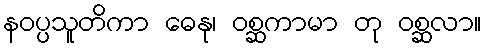
နဝပ္ပသူတိကာ ဓေနု၊ ဝစ္ဆကာမာ တု ဝစ္ဆလာ။